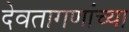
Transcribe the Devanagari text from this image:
देवतागणांच्या